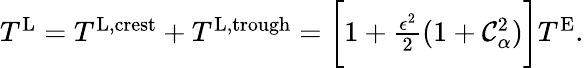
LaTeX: \begin{array}{r}{T^{\textnormal{L}}=T^{\textnormal{L,crest}}+T^{\textnormal{L,trough}}=\bigg[1+\frac{\epsilon^{2}}{2}(1+\mathcal{C}_{\alpha}^{2})\bigg]T^{\textnormal{E}}.}\end{array}